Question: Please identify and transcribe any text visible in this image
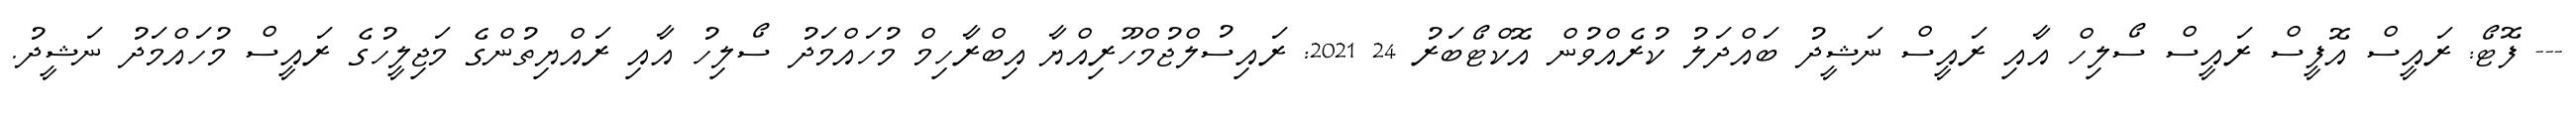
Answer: --- ފޮޓޯ: ރައީސް އޮފީސް ރައީސް ސޯލިހް އާއި ރައީސް ނަޝީދު ބައްދަލު ކުރެއްވުން އޮކްޓޯބަރު 24 2021: ރައިސުލްޖުމްހޫރިއްޔާ އިބްރާހިމް މުހައްމަދު ސޯލިހު އާއި ރައްޔިތުންގެ މަޖިލީހުގެ ރައީސް މުހައްމަދު ނަޝީދު.